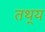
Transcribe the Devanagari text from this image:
तथ्‌य